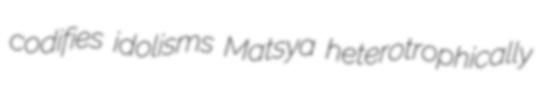
codifies idolisms Matsya heterotrophically